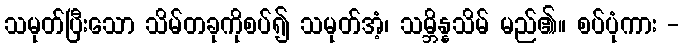
သမုတ်ပြီးသော သိမ်တခုကိုစပ်၍ သမုတ်အံ့၊ သမ္ဘိန္နသိမ် မည်၏။ စပ်ပုံကား -